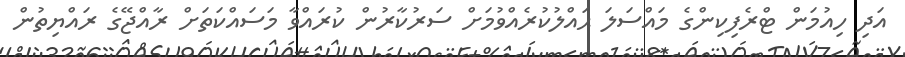
އަދި ހިއުމަން ޓްރެފިކިންގެ މައްސަލަ ޙައްލުކުރެއްވުމަށް ސަރުކާރުން ކުރައްވާ މަސައްކަތަށް ރާއްޖޭގެ ރައްޔިތުން